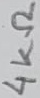
Text: 4KΩ